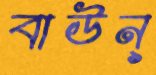
বাউন্